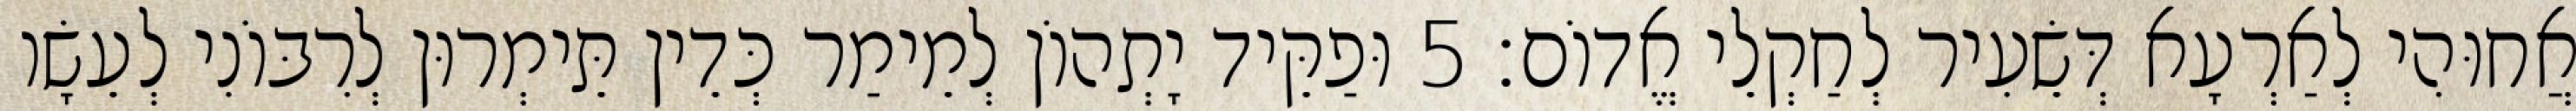
אֲחוּהִי לְאַרְעָא דְּשֵׂעִיר לְחַקְלֵי אֱדוֹם׃ 5 וּפַקֵּיד יָתְהוֹן לְמֵימַר כְּדֵין תֵּימְרוּן לְרִבּוֹנִי לְעֵשָׂו